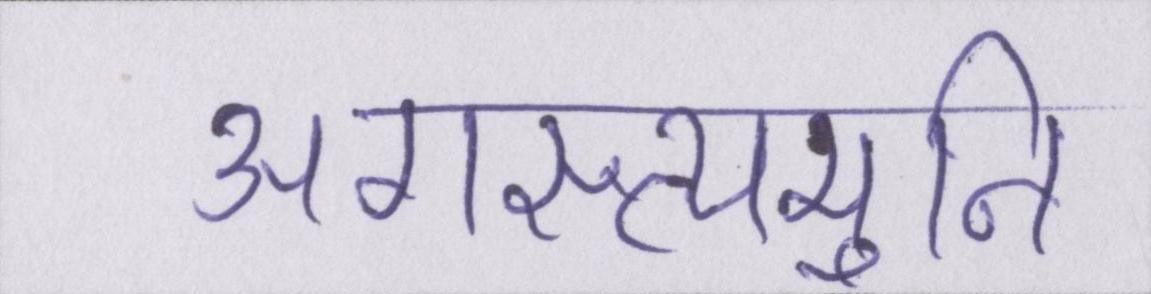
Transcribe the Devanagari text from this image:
अगस्त्यमुनि